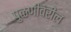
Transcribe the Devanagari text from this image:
पुळणीवरील